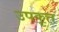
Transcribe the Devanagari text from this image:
उपकॄत